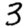
Digit: 3